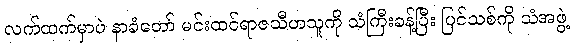
လက်ထက်မှာပဲ နာခံတော် မင်းထင်ရာဇသီဟသူကို သံကြီးခန့်ပြီး ပြင်သစ်ကို သံအဖွဲ့